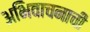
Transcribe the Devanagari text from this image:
अभिवाचनाची